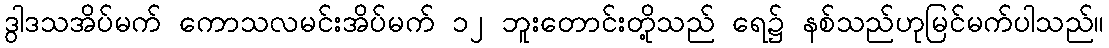
ဒွါဒသအိပ်မက် ကောသလမင်းအိပ်မက် ၁၂ ဘူးတောင်းတို့သည် ရေ၌ နစ်သည်ဟုမြင်မက်ပါသည်။